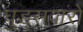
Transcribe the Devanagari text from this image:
घुड्सवारों